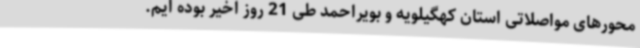
محورهای مواصلاتی استان کهگیلویه و بویراحمد طی 21 روز اخیر بوده ایم.